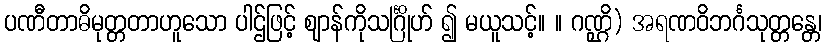
ပဏီတာဓိမုတ္တတာဟူသော ပါဌ်ဖြင့် ဈာန်ကိုသင်္ဂြိုဟ် ၍ မယူသင့်။ ။ ဂဏ္ဌိ) အရဏဝိဘင်္ဂသုတ္တန္တေ၊